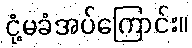
ငုံ့မခံအပ်ကြောင်း။